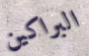
البراكين